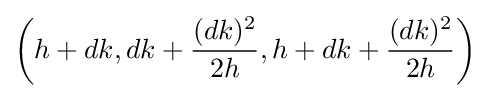
\left(h+dk,dk+{\frac {(dk)^{2}}{2h}},h+dk+{\frac {(dk)^{2}}{2h}}\right)